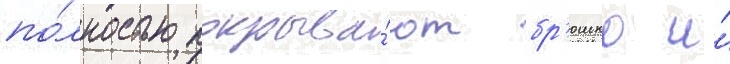
по́лностью покрыва́ют бр'юшко и́